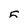
Character: 5